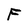
Character: F